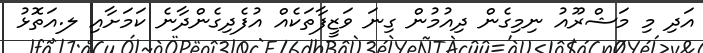
އަދި މި މަޝްރޫއު ނިމިގެން ދިއުމުން ގިނަ ވަޒީފާތަކެއް އުފެދިގެންދާނެ ކަމަށާއި ލ.އަތޮޅު